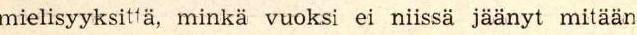
mielisyyksittä, minkä vuoksi ei niissä jäänyt mitään